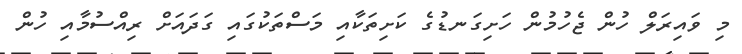
މި ވައިރަލް ހުން ޖެހުމުން ހަށިގަނޑުގެ ކަށިތަކާއި މަސްތަކުގައި ގަދައަށް ރިއްސުމާއި ހުން